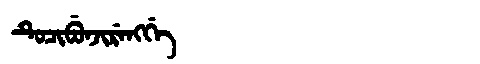
Manchu: ᡨᡠᠴᡳᠪᡠᠨᠵᡳᡵᡝᠩᡤᡝ
Romanization: TUCIBUNJIRENGGE